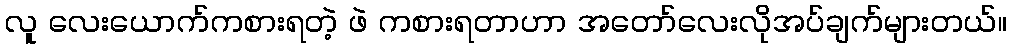
လူ လေးယောက်ကစားရတဲ့ ဖဲ ကစားရတာဟာ အတော်လေးလိုအပ်ချက်များတယ်။